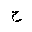
Letter: _ha